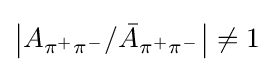
\left|A_{\pi ^{+}\pi ^{-}}/{\bar {A}}_{\pi ^{+}\pi ^{-}}\right|\neq 1